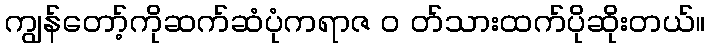
ကျွန်တော့်ကိုဆက်ဆံပုံကရာဇ ၀ တ်သားထက်ပိုဆိုးတယ်။